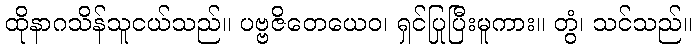
ထိုနာဂသိန်သူငယ်သည်။ ပဗ္ဗဇိတေယေဝ၊ ရှင်ပြုပြီးမူကား။ တွံ၊ သင်သည်။